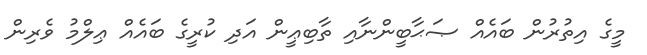
މީގެ އިތުރުން ބައެއް ޞަޙާބީންނާއި ތާބިޢީން އަދި ކުރީގެ ބައެއް ޢިލްމު ވެރިން